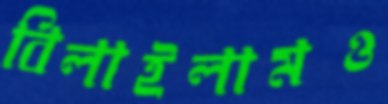
বিলাইলামও